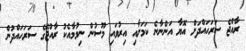
ރާއްޖެ ސަރަހައްދަށް އޮޔާ އަންނާނެ ކަމަށާއި އިރުވައި މޫސުން ނިމުމާއެކު ރާއްޖޭގެ ސަރަހައްދުން